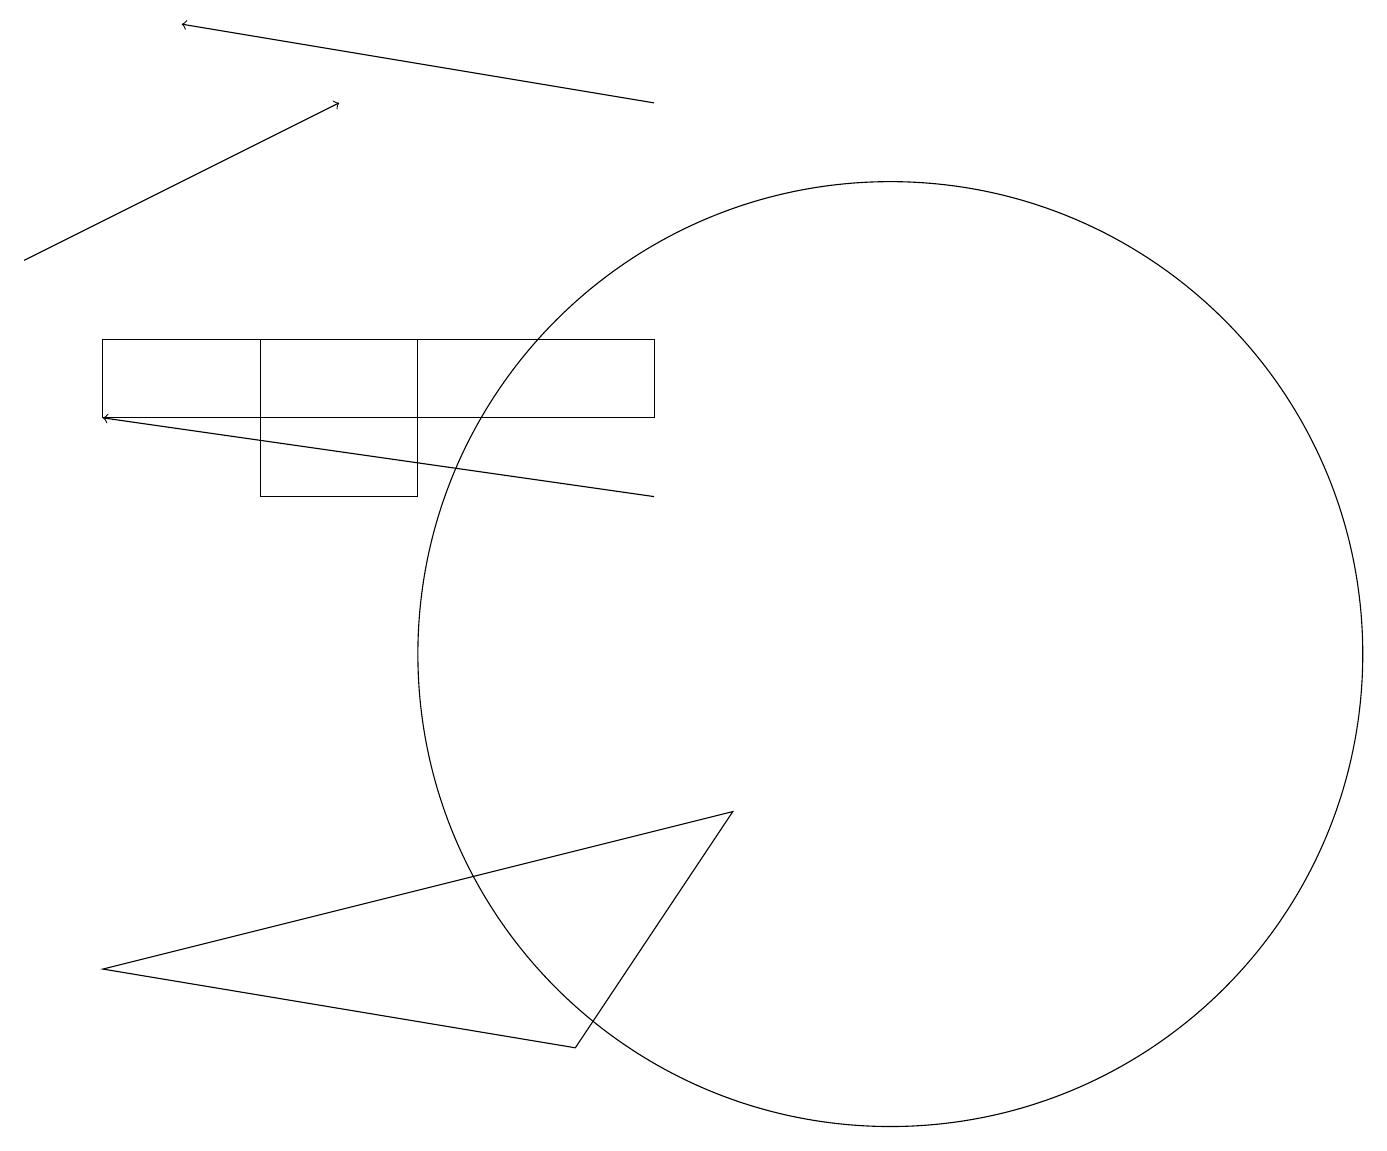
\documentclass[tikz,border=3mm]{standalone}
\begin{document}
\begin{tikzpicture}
\draw[->] (0,16) -- (4,18);
\draw[->] (8,13) -- (1,14);
\draw (8,15) rectangle (1,14);
\draw (9,9) -- (1,7) -- (7,6) -- cycle;
\draw[->] (8,18) -- (2,19);
\draw (3,15) rectangle (5,13);
\draw (11,11) circle (6);
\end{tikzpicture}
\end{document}